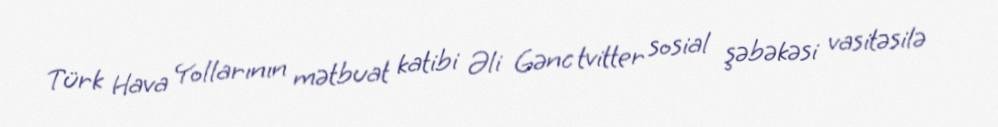
Türk Hava Yollarının mətbuat katibi Əli Gənc tvitter sosial şəbəkəsi vasitəsilə